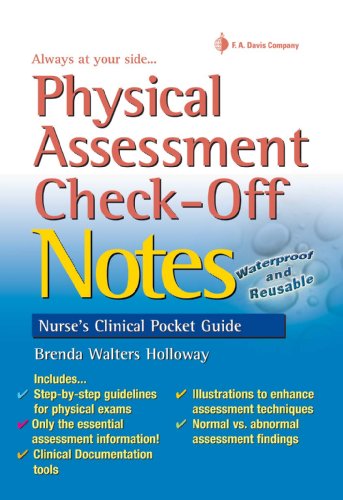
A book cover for Physical Assessment Check-Off Notes (Nurse's Clinical Pocket Guides); Brenda Walters Holloway FNP-BC  DNSc; Medical Books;